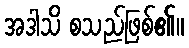
အဒါသိ စသည်ဖြစ်၏။